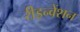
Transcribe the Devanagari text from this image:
रीइन्वेंशन